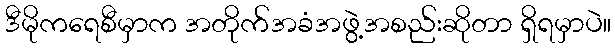
ဒီမိုကရေစီမှာက အတိုက်အခံအဖွဲ့အစည်းဆိုတာ ရှိရမှာပဲ။